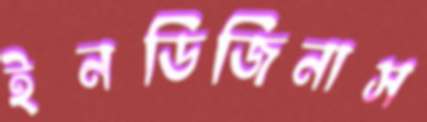
ইনডিজিনাস